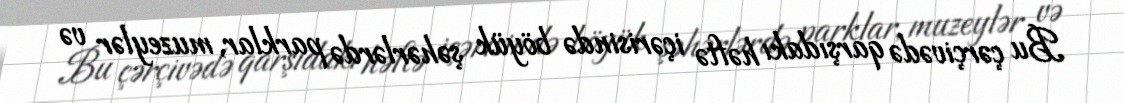
Bu çərçivədə qarşıdakı həftə içərisində böyük şəhərlərdə parklar, muzeylər və